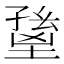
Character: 𡏸